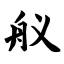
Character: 舣